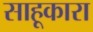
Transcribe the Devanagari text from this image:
साहूकारा